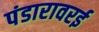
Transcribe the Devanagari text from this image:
पंडारावरई